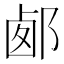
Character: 𨛹